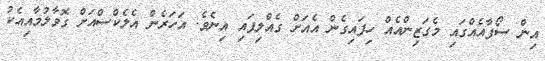
އިން ސޯފާއެއްގައި މެގަޒިންއެއް ހިފައިގެން އެއަށް ގެއްލިފައި އިނެވެ. އަހަރެން އެލެކްސްއަށް ގޮވާލުމާއިއެކު